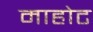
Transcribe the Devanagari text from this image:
माहोट